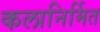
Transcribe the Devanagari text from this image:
कलानिर्मित